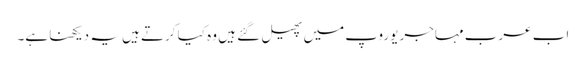
اب عرب مہاجر یوروپ میں پھیل گئے ہیں وہ کیا کرتے ہیں یہ دیکھنا ہے۔